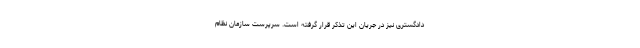
دادگستری نیز در جریان این تذکر قرار گرفته است. سرپرست سازمان نظام